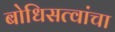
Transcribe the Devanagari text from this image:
बोधिसत्वांचा